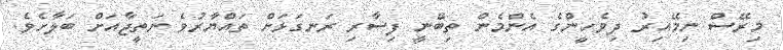
މިރޭސް ނިމޭއިރު ދިވެހީންގެ އެންމެން ތިބޭނީ ފިސާރި ރަނގަޅަށް ތައްޔާރުވެ ނަތީޖާއަށް ބަލާށެވެ.